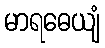
မာရဓေယျံ